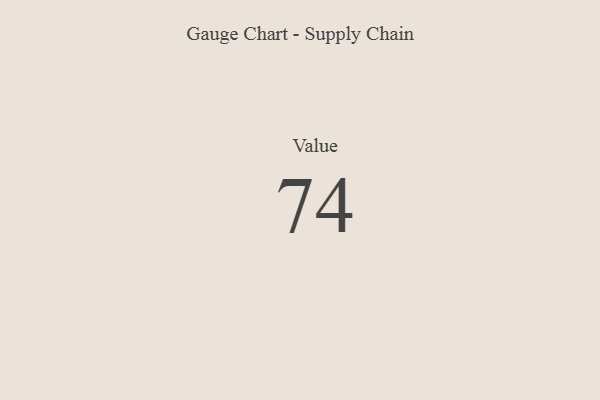
{"axis": {"x": "Metric", "y": "Value"}, "legend": [""], "data": [{"x": "Value", "y": 74, "type": ""}]}